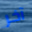
آخر